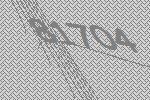
81704